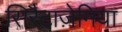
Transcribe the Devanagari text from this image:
सिरैटाज़ेमिया